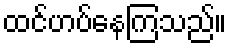
ထင်ဟပ်နေကြသည်။